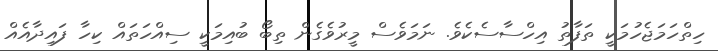
ހިތްހަމަޖެހުމަކީ ތަފާތު އިހްސާސެކެވެ. ނަމަވެސް މީރުވެގެން ތިބޯ ބުއިމަކީ ސިއްހަތައް ކިހާ ފައިދާއެއް